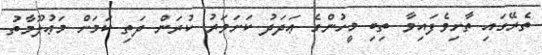
ތެރޭގައި ތާށިވެފައިވާ ތިބި މީހުންގެ ޢަދަދު ކަށަވަރު ކުރަން ދަތި ކަމަށް މަޢުލޫމާތު